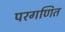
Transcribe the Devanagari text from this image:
परगणित